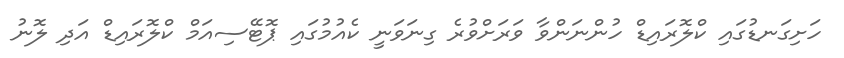
ހަށިގަނޑުގައި ކްލޮރައިޑް ހުންނަންވާ ވަރަށްވުރެ ގިނަވަނީ ކެއުމުގައި ޕޮޓޭސިއަމް ކްލޮރައިޑް އަދި ލޮނު